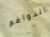
الدوافع